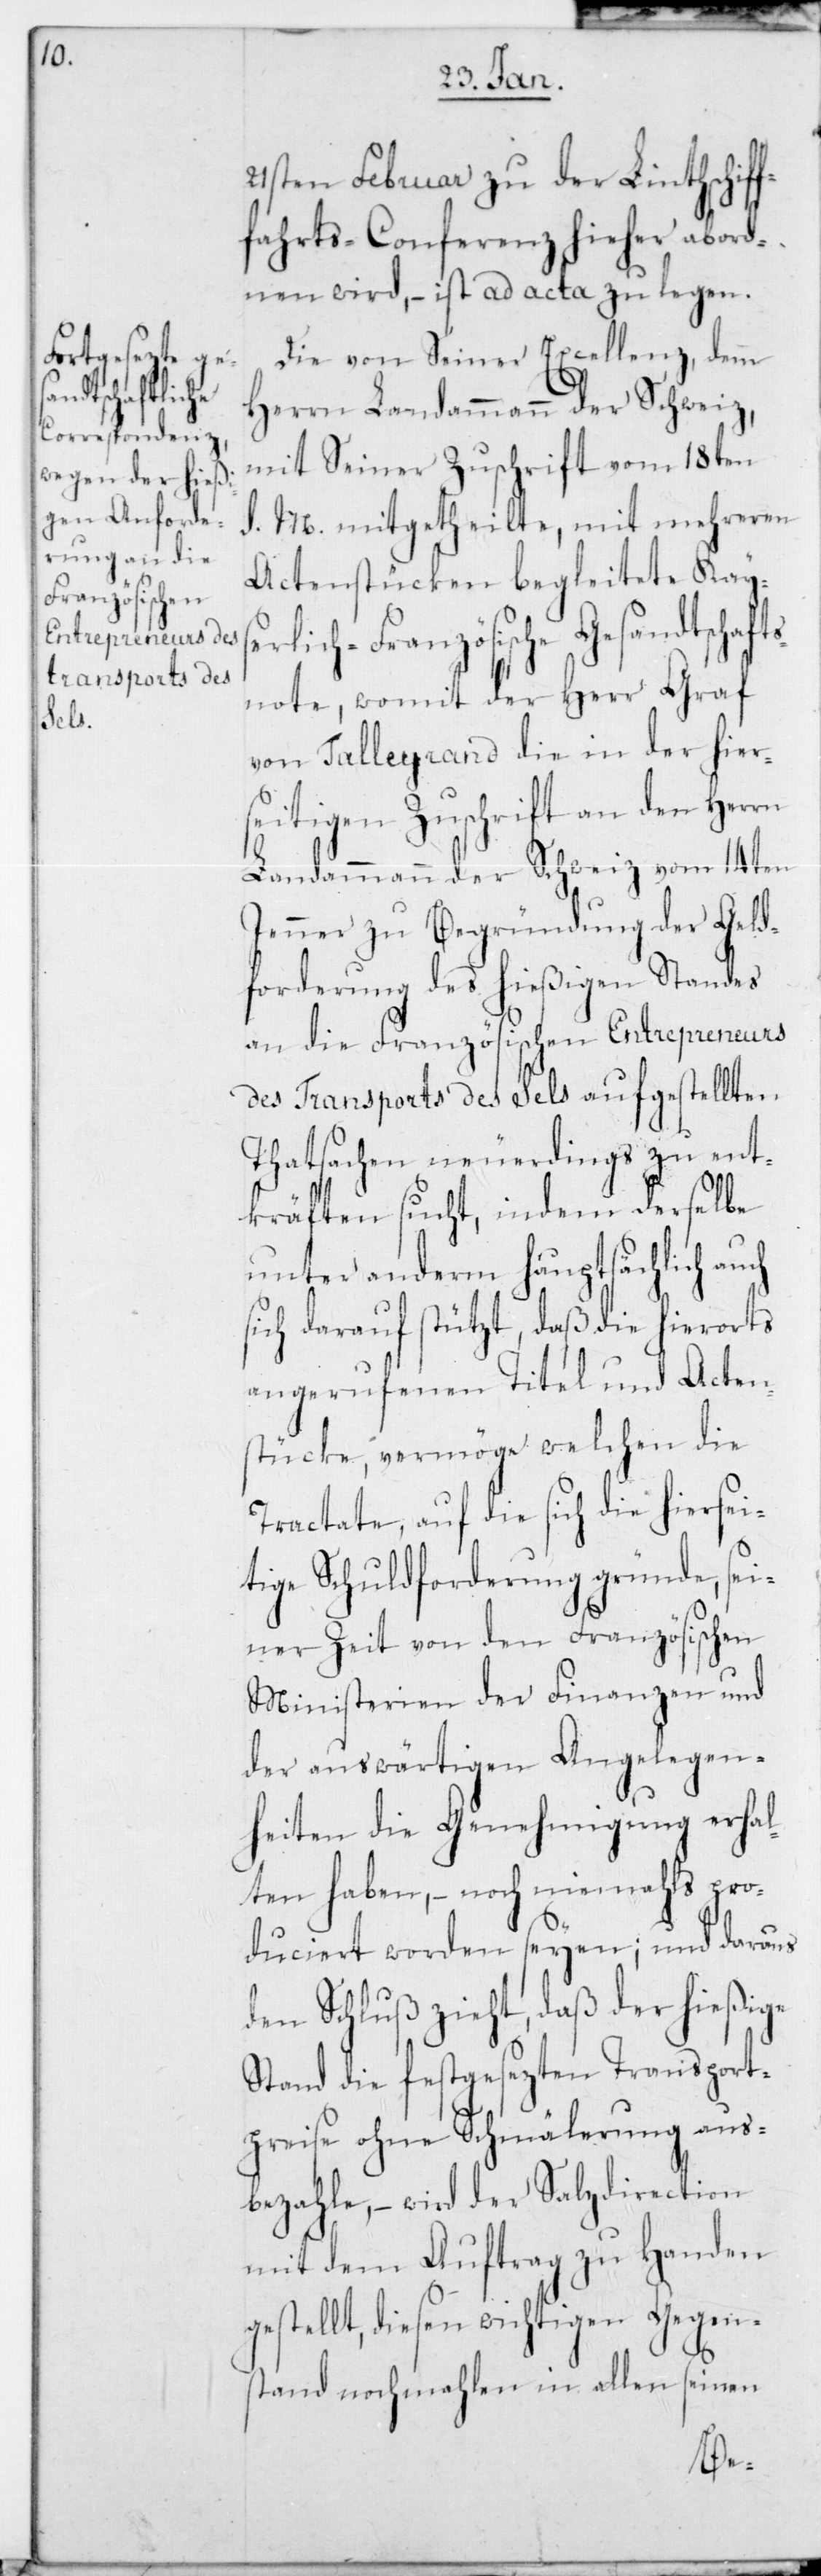
21sten Februar zu der Linthschif¬
fahrts-Conferenz hieher abord¬
nen wird, – ist ad acta zu legen.
Die von Seiner Excellenz, dem
Herrn Landammann der Schweiz,
mit Seiner Zuschrift vom 18ten
d. M. mitgetheilte, mit mehreren
Actenstücken begleitete Kay¬
rlich-Französische Gesandtschaft¬
snote, womit der Herr Graf
von Talleyrand die in der hier¬
seitigen Zuschrift an den Herrn
Landammann der Schweiz vom 14ten
Jenner zu Begründung der Geld¬
forderung des hießigen Standes
an die Französischen Entrepreneurs
des Transports des Sels aufgestellten
Thatsachen neuerdings zu ent¬
kräften sucht, indem derselbe
unter anderm hauptsächlich
sich darauf stützt, daß die hierorts
angerufenen Titel und Acten¬
stücke, vermöge welchen die
Tractate, auf die sich die hiersei¬
tige Schuldforderung gründe, sei¬
ner Zeit von den Französischen
Ministerien der Finanzen und
der auswärtigen Angelegen¬
heiten die Genehmigung erhal¬
ten haben, – noch niemals pro¬
duciert worden seyen; und daraus
den Schluß zieht, daß der hießige
Stand die festgesetzten Transport¬
preise ohne Schmälerung aus¬
bezahle, – wird der Salzdirection
mit dem Auftrag zu Handen
gestellt, diesen wichtigen Gegen¬
stand nochmahlen in allen seinen
se¬